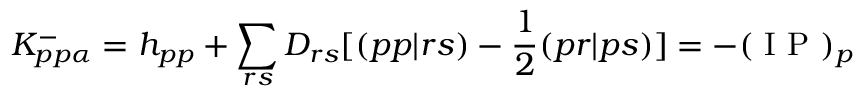
K _ { p p \alpha } ^ { - } = h _ { p p } + \sum _ { r s } D _ { r s } [ ( p p | r s ) - \frac { 1 } { 2 } ( p r | p s ) ] = - ( \mathrm { ~ I ~ P ~ } ) _ { p }